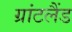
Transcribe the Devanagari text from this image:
ग्रांटलैंड